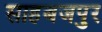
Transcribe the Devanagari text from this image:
साहबजपुर